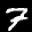
Label: 7